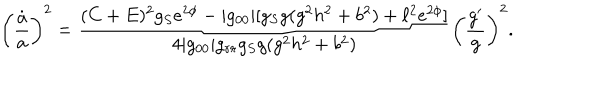
\left( { \frac { \dot { a } } { a } } \right) ^ { 2 } = { \frac { ( C + E ) ^ { 2 } g _ { S } e ^ { 2 \phi } - | g _ { 0 0 } | [ g _ { S } g ( g ^ { 2 } h ^ { 2 } + b ^ { 2 } ) + \ell ^ { 2 } e ^ { 2 \phi } ] } { 4 | g _ { 0 0 } | g _ { r r } g _ { S } g ( g ^ { 2 } h ^ { 2 } + b ^ { 2 } ) } } \left( { \frac { g ^ { \prime } } { g } } \right) ^ { 2 } .